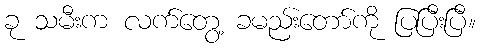
ခု သမီးက လက်တွေ့ ခမည်းတော်ကို ပြပြီးပြီ။